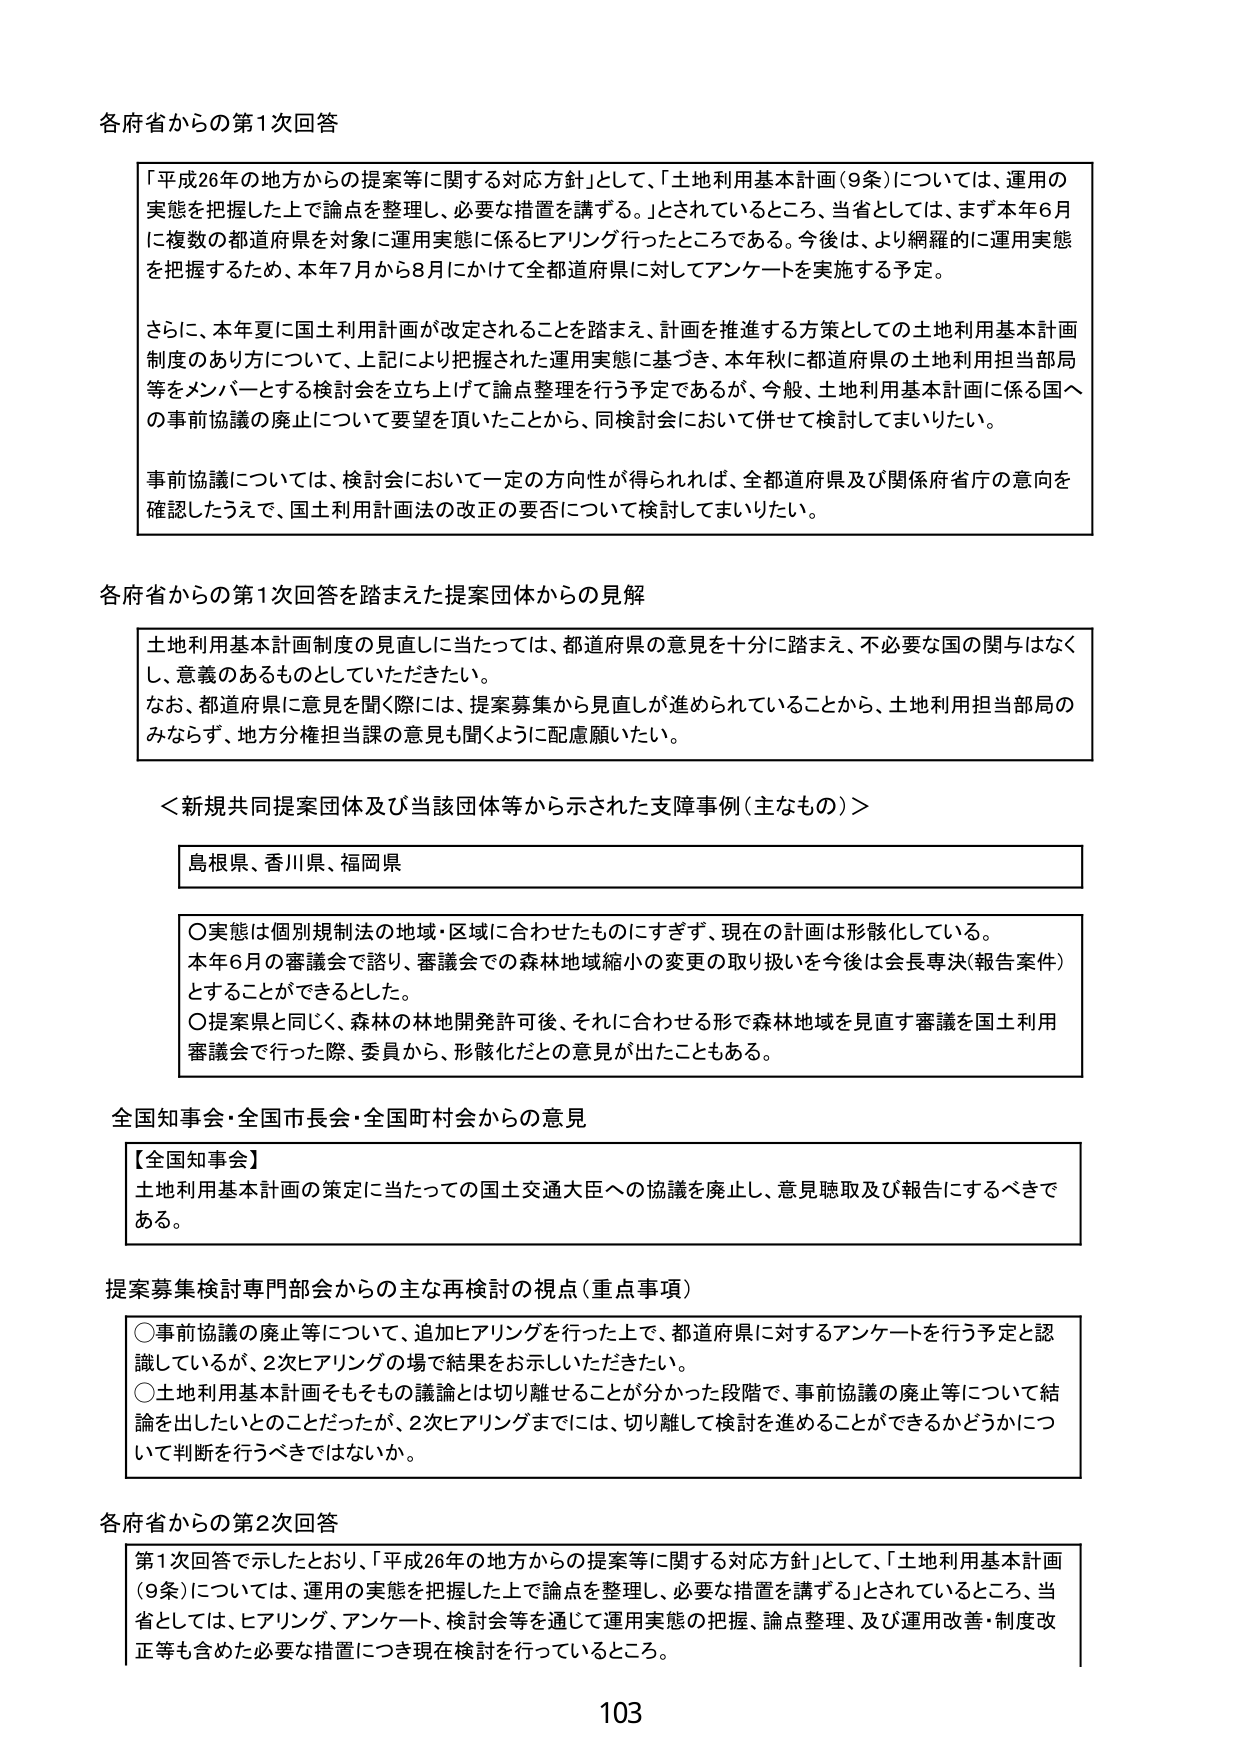
各府省からの第1次回答

「平成26年の地方からの提案等に関する対応方針」として、「土地利用基本計画（9条）については、運用の実態を把握した上で論点を整理し、必要な措置を講ずる。」とされているところ、当省としては、まず本年6月に複数の都道府県を対象に運用実態に係るヒアリングを行ったところである。今後は、より網羅的に運用実態を把握するため、本年7月から8月にかけて全都道府県に対してアンケートを実施する予定。

さらに、本年夏に国土利用計画が改定されることを踏まえ、計画を推進する方策としての土地利用基本計画制度のあり方について、上記により把握された運用実態に基づき、本年秋に都道府県の土地利用担当部局等をメンバーとする検討会を立ち上げて論点整理を行う予定であるが、今般、土地利用基本計画に係る国への事前協議の廃止について要望を頂いたことから、同検討会において併せて検討してまいりたい。

事前協議については、検討会において一定の方向性が得られれば、全都道府県及び関係府省庁の意向を確認したうえで、国土利用計画法の改正の要否について検討してまいりたい。

各府省からの第1次回答を踏まえた提案団体からの見解

土地利用基本計画制度の見直しに当たっては、都道府県の意見を十分に踏まえ、不必要な国の関与はなくし、意義のあるものとしていただきたい。
なお、都道府県に意見を聞く際には、提案募集から見直しが進められていることから、土地利用担当部局のみならず、地方分権担当課の意見も聞くように配慮願いたい。

＜新規共同提案団体及び当該団体等から示された支障事例（主なもの）＞

島根県、香川県、福岡県

○実態は個別規制法の地域・区域に合わせたものにすぎず、現在の計画は形骸化している。
本年6月の審議会で諮り、審議会での森林地域縮小の変更の取り扱いを今後は会長専決（報告案件）とすることができるとした。
○提案県と同じく、森林の林地開発許可後、それに合わせる形で森林地域を見直す審議を国土利用審議会で行った際、委員から、形骸化だとの意見が出たこともある。

全国知事会・全国市長会・全国町村会からの意見

【全国知事会】
土地利用基本計画の策定に当たっての国土交通大臣への協議を廃止し、意見聴取及び報告にするべきである。

提案募集検討専門部会からの主な再検討の視点（重点事項）

○事前協議の廃止等について、追加ヒアリングを行った上で、都道府県に対するアンケートを行う予定と認識しているが、2次ヒアリングの場で結果をお示しいただきたい。
○土地利用基本計画をもそもその議論とは切り離せることが分かった段階で、事前協議の廃止等について結論を出したいとのことだったが、2次ヒアリングまでには、切り離して検討を進めることができるかどうかについて判断を行うべきではないか。

各府省からの第2次回答

第1次回答で示したとおり、「平成26年の地方からの提案等に関する対応方針」として、「土地利用基本計画（9条）については、運用の実態を把握した上で論点を整理し、必要な措置を講ずる」とされているところ、当省としては、ヒアリング、アンケート、検討会等を通じて運用実態の把握、論点整理、及び運用改善・制度改正等も含めた必要な措置につき現在検討を行っているところ。

103